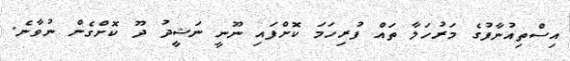
އިސްތިއުނާފުގެ މަރުހަލާ ތައް ފުރިހަމަ ކޮށްފައި ނޫނީ ނަޝީދު ދޫ ކޮށްގެން ނުވާނެ.